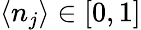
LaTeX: \langle n_{j}\rangle\in[0,1]